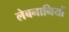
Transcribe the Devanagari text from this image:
लेबनानियों